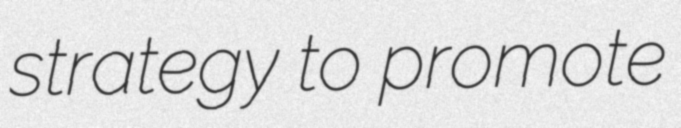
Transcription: strategy to promote